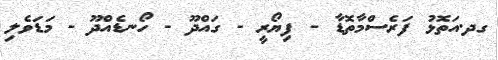
ގދ.އަތޮޅު ފަރެސްމާތޮޑާ - ފިޔޯރީ - ގައްދޫ - ހޯނޑެއްދޫ - މަޑަވެލި